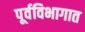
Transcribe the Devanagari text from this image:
पूर्वविभागात